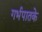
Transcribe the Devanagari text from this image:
गर्भपातके